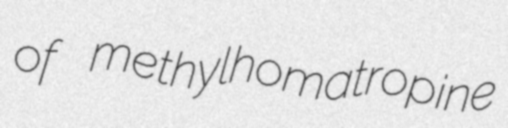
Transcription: of methylhomatropine